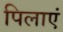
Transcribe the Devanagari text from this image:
पिलाएं